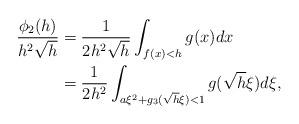
LaTeX: \begin{align*} \begin{aligned} \frac{\phi_2(h)}{h^2\sqrt{h}}&=\frac{1}{2h^2\sqrt{h}}\int_{f(x)<h}g(x)dx\\ &=\frac{1}{2h^2}\int_{a\xi^2+g_3(\sqrt{h}\xi)<1}g(\sqrt{h}\xi)d\xi, \end{aligned} \end{align*}